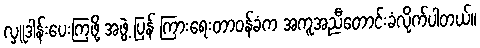
လှူဒါန်းပေးကြဖို့ အဖွဲ့ ပြန် ကြားရေးတာဝန်ခံက အကူအညီတောင်းခံလိုက်ပါတယ်။